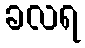
ခလရ